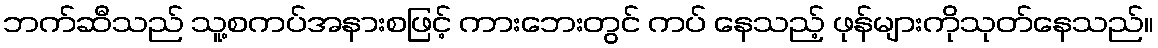
ဘက်ဆီသည် သူ့စကပ်အနားစဖြင့် ကားဘေးတွင် ကပ် နေသည့် ဖုန်များကိုသုတ်နေသည်။